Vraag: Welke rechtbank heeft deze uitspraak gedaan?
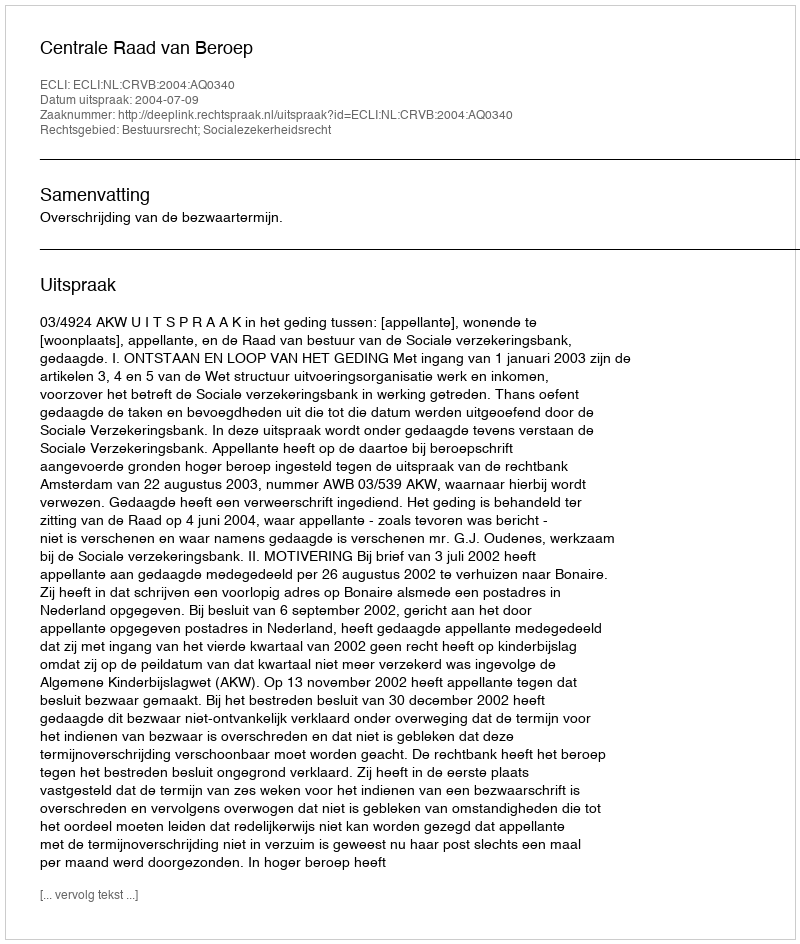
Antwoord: Centrale Raad van Beroep